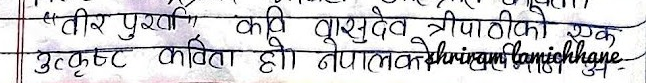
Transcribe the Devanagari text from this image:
तीर पुरान कवि बासुदेव त्रिपाठीको एक
उत्कृष्ट कविता हो नेपालको अंश